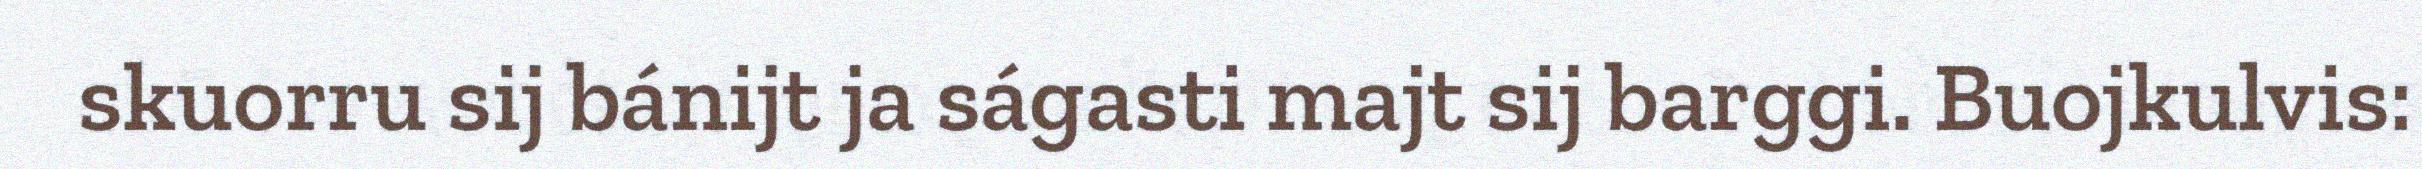
skuorru sij bánijt ja ságasti majt sij barggi. Buojkulvis: